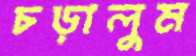
চড়ালুম